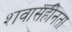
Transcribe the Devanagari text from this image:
शवासहीनता